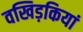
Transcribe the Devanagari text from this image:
वखिड़कियां